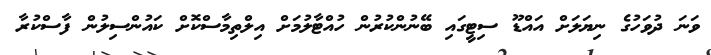
ވަނަ ދުވަހުގެ ނިޔަލަށް އައްޑޫ ސިޓީގައި ބޭނުންކުރުން ހުއްޓާލުމަށް އިލްތިމާސްކޮށް ކައުންސިލުން ފާސްކުރާ